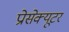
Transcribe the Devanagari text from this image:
प्रोसेक्यूटर